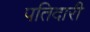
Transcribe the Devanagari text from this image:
पतिदारी